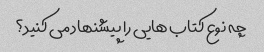
چه نوع کتاب هایی را پیشنهاد می کنید؟